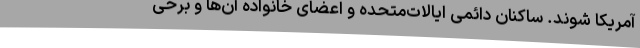
آمریکا شوند. ساکنان دائمی ایالات‌متحده و اعضای خانواده آن‌ها و برخی